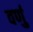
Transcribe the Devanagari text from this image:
वर्णु